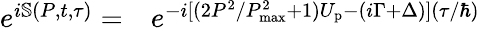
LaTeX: \begin{array}{rl}{e^{i\mathbb{S}(P,t,\tau)}=}&{{}e^{-i[({2P^{2}}/{P_{\mathrm{max}}^{2}}+1)U_{\mathrm{p}}-(i\Gamma+\Delta)]({\tau}/{\hbar})}}\end{array}